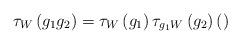
LaTeX: \begin{align*}\tau_{W}\left( g_{1}g_{2}\right) =\tau_{W}\left( g_{1}\right) \tau_{g_{1}W}\left( g_{2}\right) ()\end{align*}